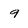
Character: 9